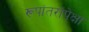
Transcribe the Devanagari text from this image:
रूपांतरांपेक्षा